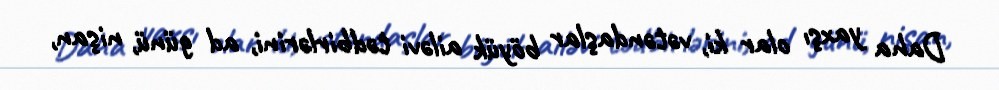
Daha yaxşı olar ki, vətəndaşlar böyük ailəvi tədbirlərini, ad günü, nişan,